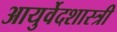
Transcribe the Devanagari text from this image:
आयुर्वेदशास्‍त्री